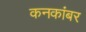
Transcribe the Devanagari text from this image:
कनकांबर